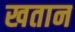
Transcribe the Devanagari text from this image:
खतान